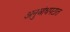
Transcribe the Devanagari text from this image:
अनुबोधपटात